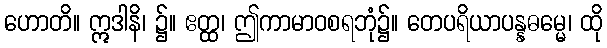
ဟောတိ။ ဣဒါနိ၊ ၌။ ဧတ္ထ၊ ဤကာမာဝစရဘုံ၌။ တေပရိယာပန္နဓမ္မေ၊ ထို